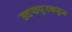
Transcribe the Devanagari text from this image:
उदयपूरकडून